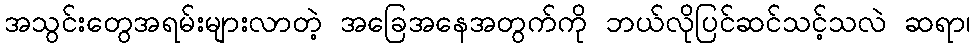
အသွင်းတွေအရမ်းများလာတဲ့ အခြေအနေအတွက်ကို ဘယ်လိုပြင်ဆင်သင့်သလဲ ဆရာ၊